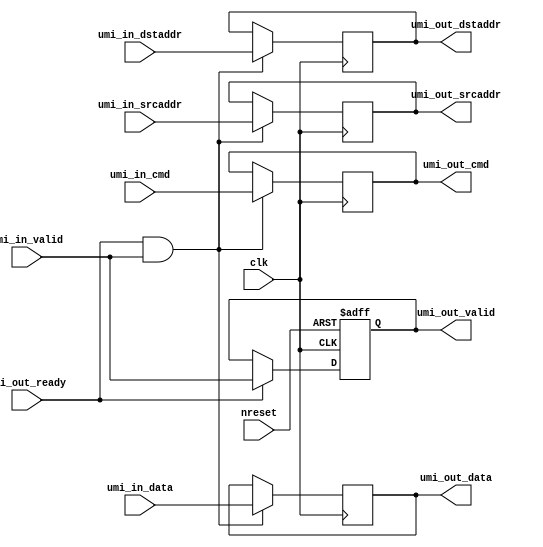
// This program was cloned from: https://github.com/zeroasiccorp/umi
// License: Apache License 2.0

/*******************************************************************************
 * Copyright 2020 Zero ASIC Corporation
 *
 * Licensed under the Apache License, Version 2.0 (the "License");
 * you may not use this file except in compliance with the License.
 * You may obtain a copy of the License at
 *
 *     http://www.apache.org/licenses/LICENSE-2.0
 *
 * Unless required by applicable law or agreed to in writing, software
 * distributed under the License is distributed on an "AS IS" BASIS,
 * WITHOUT WARRANTIES OR CONDITIONS OF ANY KIND, either express or implied.
 * See the License for the specific language governing permissions and
 * limitations under the License.
 *
 * ----
 *
 * Documentation:
 * - Single cycle umi pipeline
 * - The "umi_in_ready" output is omitted to make it clear that the ready signal
 *   must be broadcasted externally.
 * - We don't reset the packet
 *
 ******************************************************************************/

module umi_pipeline
  #(parameter CW  = 32,
    parameter AW  = 64,
    parameter DW  = 256
    )
   (// clock, reset
    input               clk,
    input               nreset,
    // Incoming UMI request
    input               umi_in_valid,
    input [CW-1:0]      umi_in_cmd,
    input [AW-1:0]      umi_in_dstaddr,
    input [AW-1:0]      umi_in_srcaddr,
    input [DW-1:0]      umi_in_data,
    // Outgoing UMI response
    output reg          umi_out_valid,
    output reg [CW-1:0] umi_out_cmd,
    output reg [AW-1:0] umi_out_dstaddr,
    output reg [AW-1:0] umi_out_srcaddr,
    output reg [DW-1:0] umi_out_data,
    input               umi_out_ready
    );

   // valid
   always @ (posedge clk or negedge nreset)
     if(!nreset)
       umi_out_valid <= 'b0;
     else if (umi_out_ready)
       umi_out_valid <= umi_in_valid;

   // packet
   always @ (posedge clk)
     if (umi_out_ready & umi_in_valid)
       begin
          umi_out_cmd[CW-1:0]     <= umi_in_cmd[CW-1:0];
          umi_out_dstaddr[AW-1:0] <= umi_in_dstaddr[AW-1:0];
          umi_out_srcaddr[AW-1:0] <= umi_in_srcaddr[AW-1:0];
          umi_out_data[DW-1:0]    <= umi_in_data[DW-1:0];
       end

endmodule